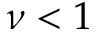
\nu < 1